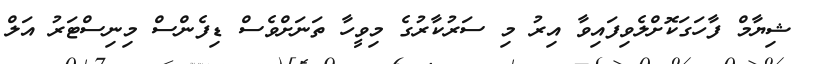
ޝިޔާމް ފާހަގަކޮށްލެވިފައިވާ އިރު މި ސަރުކާރުގެ މިވީހާ ތަނަށްވެސް ޑިފެންސް މިނިސްޓަރު އަލް